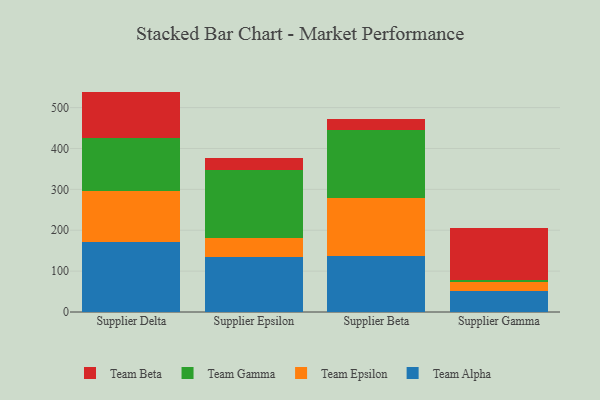
{"axis": {"x": "Supplier", "y": "Waste Production (Tons)"}, "legend": ["Team Alpha", "Team Beta", "Team Epsilon", "Team Gamma"], "data": [{"x": "Supplier Delta", "y": 170.9, "type": "Team Alpha"}, {"x": "Supplier Delta", "y": 126.2, "type": "Team Epsilon"}, {"x": "Supplier Delta", "y": 128.7, "type": "Team Gamma"}, {"x": "Supplier Delta", "y": 113.3, "type": "Team Beta"}, {"x": "Supplier Epsilon", "y": 134.9, "type": "Team Alpha"}, {"x": "Supplier Epsilon", "y": 46.6, "type": "Team Epsilon"}, {"x": "Supplier Epsilon", "y": 165.4, "type": "Team Gamma"}, {"x": "Supplier Epsilon", "y": 30.7, "type": "Team Beta"}, {"x": "Supplier Beta", "y": 136.5, "type": "Team Alpha"}, {"x": "Supplier Beta", "y": 143.3, "type": "Team Epsilon"}, {"x": "Supplier Beta", "y": 164.7, "type": "Team Gamma"}, {"x": "Supplier Beta", "y": 28.8, "type": "Team Beta"}, {"x": "Supplier Gamma", "y": 50.8, "type": "Team Alpha"}, {"x": "Supplier Gamma", "y": 22.2, "type": "Team Epsilon"}, {"x": "Supplier Gamma", "y": 6.5, "type": "Team Gamma"}, {"x": "Supplier Gamma", "y": 125.5, "type": "Team Beta"}]}